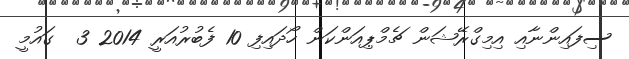
ސިފައިންނާއި އިމިގްރޭޝަން ޗެމްޕިއަންކަން ހޯދައިފި 10 ފެބުރުއަރީ 2014 3  ގައުމީ